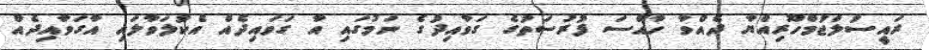
ރައީސުލްޖުމްހޫރިއްޔާ ދެއްވާ ހާއްސަ ފުރުސަތުގެ ގަވާއިދުގެ ނަމުގައި އާ ގަވައިދެއް އެކުލަވާލައި އާގަވާއިދެއް